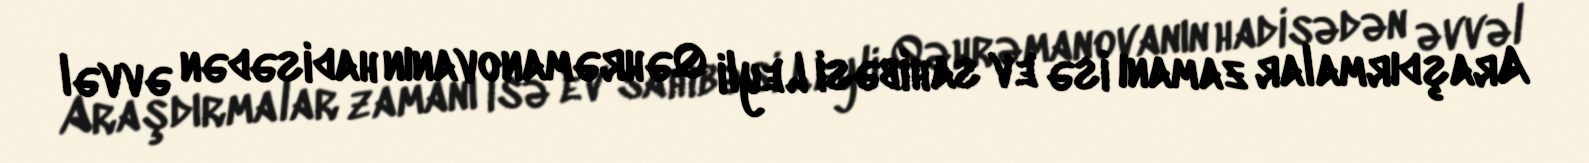
Araşdırmalar zamanı isə ev sahibəsi Leyli Qəhrəmanovanın hadisədən əvvəl